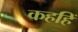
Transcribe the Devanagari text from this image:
कहहिं